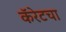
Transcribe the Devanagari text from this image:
कॅरेटचा